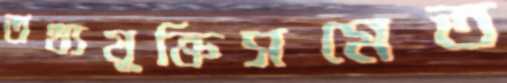
তথ্যযুক্তিসমেত